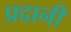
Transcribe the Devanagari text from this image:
प्रदानी